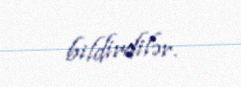
bildirdilər.